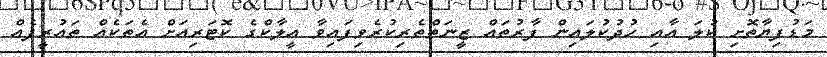
މަޑުފިޔާތޮށި ކުލަ އާއި ހުދުކުލައިން ފާރުތައް ޒީނަތްތެރިކުރެވިފައިވާ އީލާކްގެ ކޮޓަރިއަށް އެތަކެއް ތައުރީފެއް